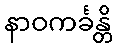
နာဝကင်္ခန္တိ